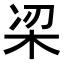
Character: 𭩮